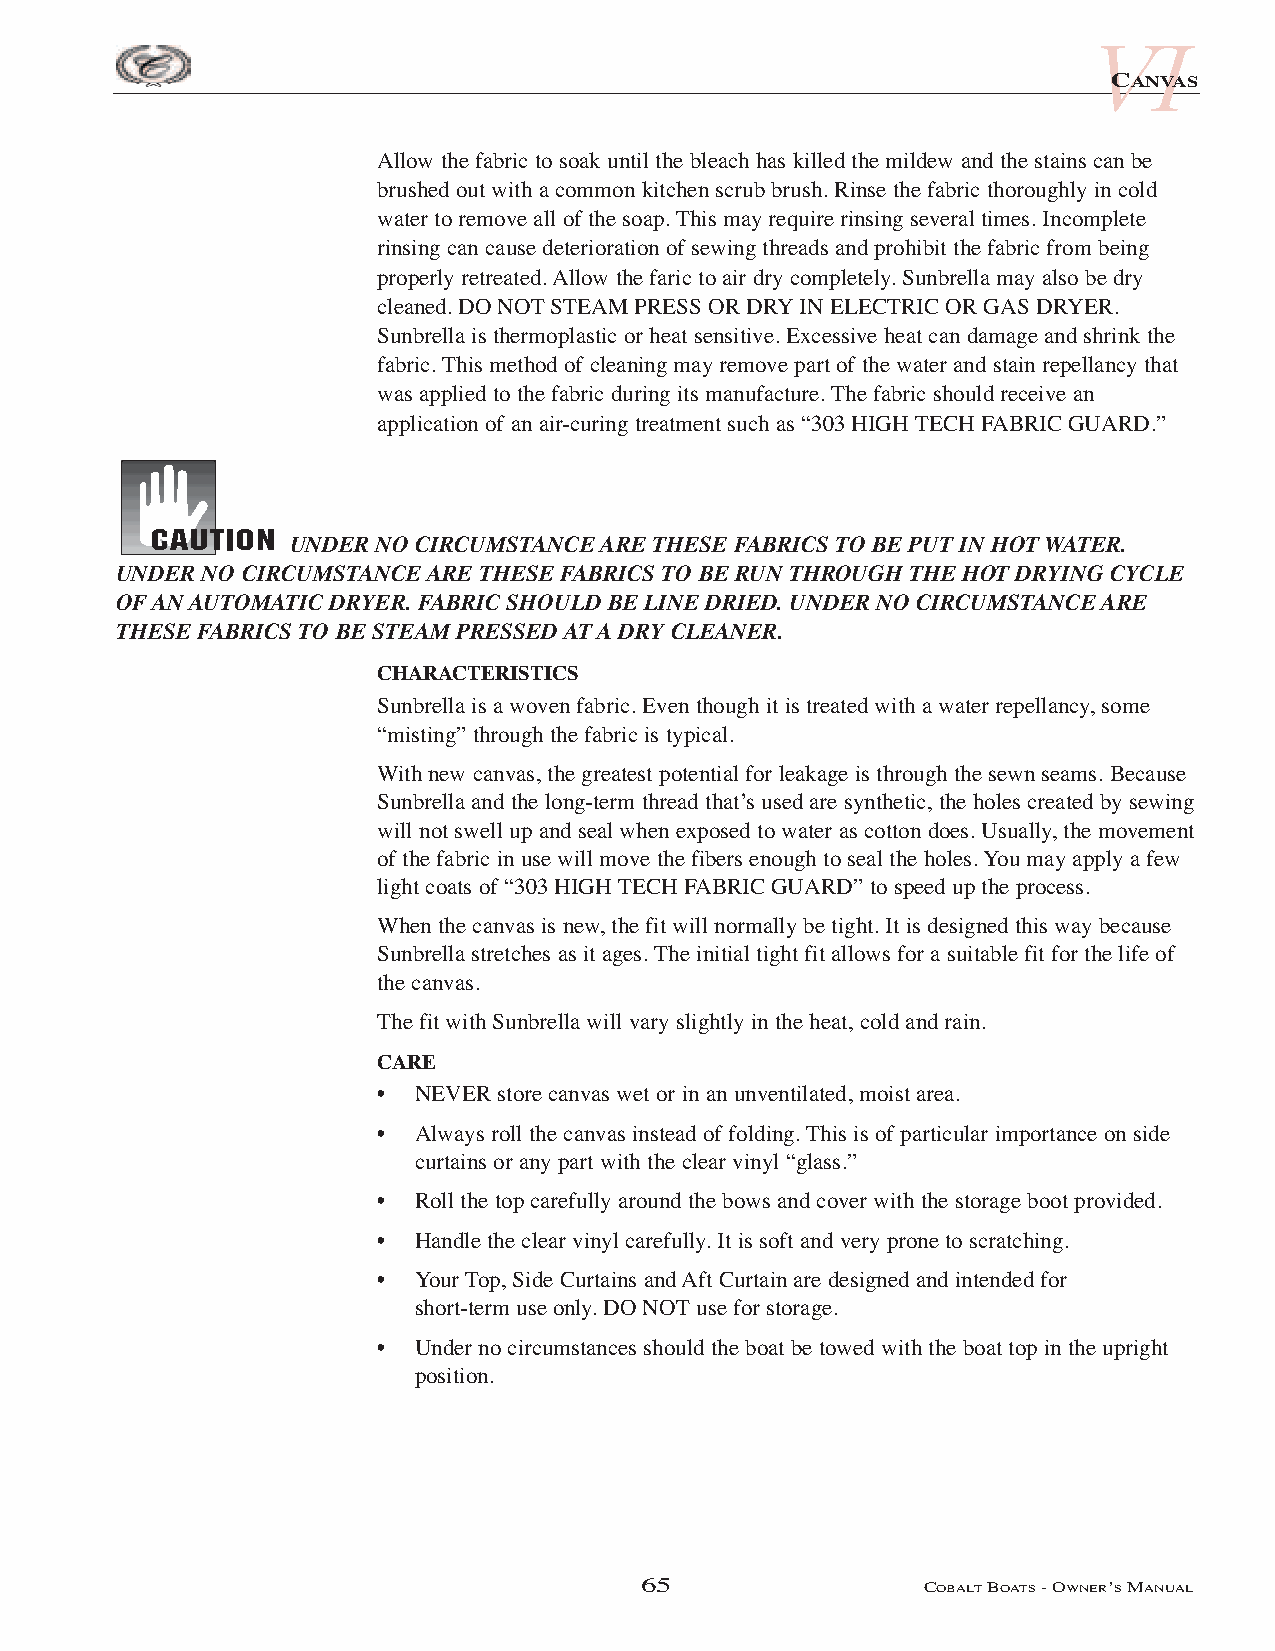
VI
 CANVAS
 Allow the fabric to soak until the bleach has killed the mildew and the stains can be
 brushed out with a common kitchen scrub brush. Rinse the fabric thoroughly in cold
 water to remove all of the soap. This may require rinsing several times. Incomplete
 rinsing can cause deterioration of sewing threads and prohibit the fabric from being
 properly retreated. Allow the faric to air dry completely. Sunbrella may also be dry
 cleaned. DO NOTSTEAM PRESS OR DRYIN ELECTRIC OR GAS DRYER.
 Sunbrella is thermoplastic or heat sensitive. Excessive heat can damage and shrink the
 fabric. This method of cleaning may remove part of the water and stain repellancy that
 was applied to the fabric during its manufacture. The fabric should receive an
 application of an air-curing treatment such as “303 HIGH TECH FABRIC GUARD.”
 UNDER NO CIRCUMSTANCE ARE THESE FABRICS TO BE PUT IN HOT WATER.
 UNDER NO CIRCUMSTANCE ARE THESE FABRICS TO BE RUN THROUGH THE HOT DRYING CYCLE
 OF AN AUTOMATIC DRYER. FABRIC SHOULD BE LINE DRIED. UNDER NO CIRCUMSTANCE ARE
 THESE FABRICS TO BE STEAM PRESSED AT A DRY CLEANER.
 CHARACTERISTICS
 Sunbrella is a woven fabric. Even though it is treated with a water repellancy, some
 “misting” through the fabric is typical.
 With new canvas, the greatest potential for leakage is through the sewn seams. Because
 Sunbrella and the long-term thread that’s used are synthetic, the holes created by sewing
 will not swell up and seal when exposed to water as cotton does. Usually, the movement
 of the fabric in use will move the fibers enough to seal the holes. You may apply a few
 light coats of “303 HIGH TECH FABRIC GUARD” to speed up the process.
 When the canvas is new, the fit will normally be tight. It is designed this way because
 Sunbrella stretches as it ages. The initial tight fit allows for a suitable fit for the life of
 the canvas.
 The fit with Sunbrella will vary slightly in the heat, cold and rain.
 CARE
 • NEVER store canvas wet or in an unventilated, moist area.
 • Always roll the canvas instead of folding. This is of particular importance on side
 curtains or any part with the clear vinyl “glass.”
 • Roll the top carefully around the bows and cover with the storage boot provided.
 • Handle the clear vinyl carefully. It is soft and very prone to scratching.
 • Your Top, Side Curtains and Aft Curtain are designed and intended for
 short-term use only. DONOTuse for storage.
 • Under no circumstances should the boat be towed with the boat top in the upright
 position.
 65                 COBALTBOATS- OWNER’SMANUAL